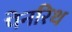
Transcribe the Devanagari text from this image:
पेनरिथ